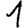
Digit: 1